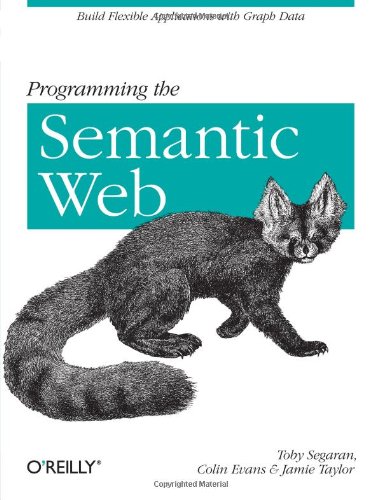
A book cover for Programming the Semantic Web; Toby Segaran; Computers & Technology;